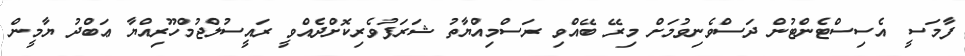
ފާމަސީ އެސިސްޓެންޓުން ދަސްވެނިވުމަށް މިރޭ ބޭއްވި ރަސްމިއްޔާތު ޝަރަފުވެރިކޮށްދެއްވީ ރައީސުލްޖުމްހޫރިއްޔާ ޢަބްދު ޔާމީން